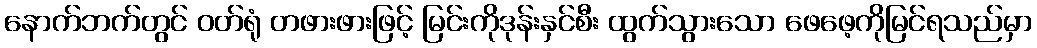
နောက်ဘက်တွင် ဝတ်ရုံ တဖားဖားဖြင့် မြင်းကိုဒုန်းနှင်စီး ထွက်သွားသော ဖေဖေ့ကိုမြင်ရသည်မှာ